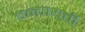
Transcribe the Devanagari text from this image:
पन्चायती